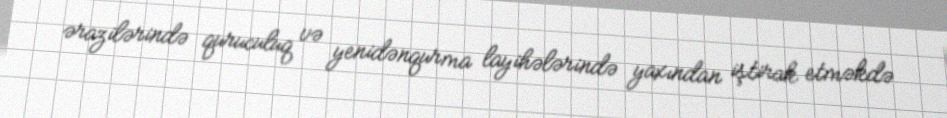
ərazilərində quruculuq və yenidənqurma layihələrində yaxından iştirak etməkdə